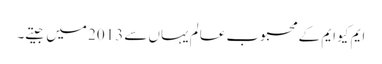
ایم کیو ایم کے محبوب عالم یہاں سے 2013 میں جیتے۔